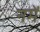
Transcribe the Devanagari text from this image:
नमें